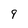
Character: 9